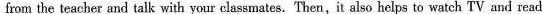
from the teacher and talk with your classmates.Then,it also helps to watch TV and read